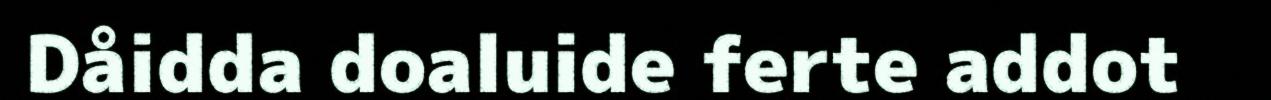
Dåidda doaluide ferte addot